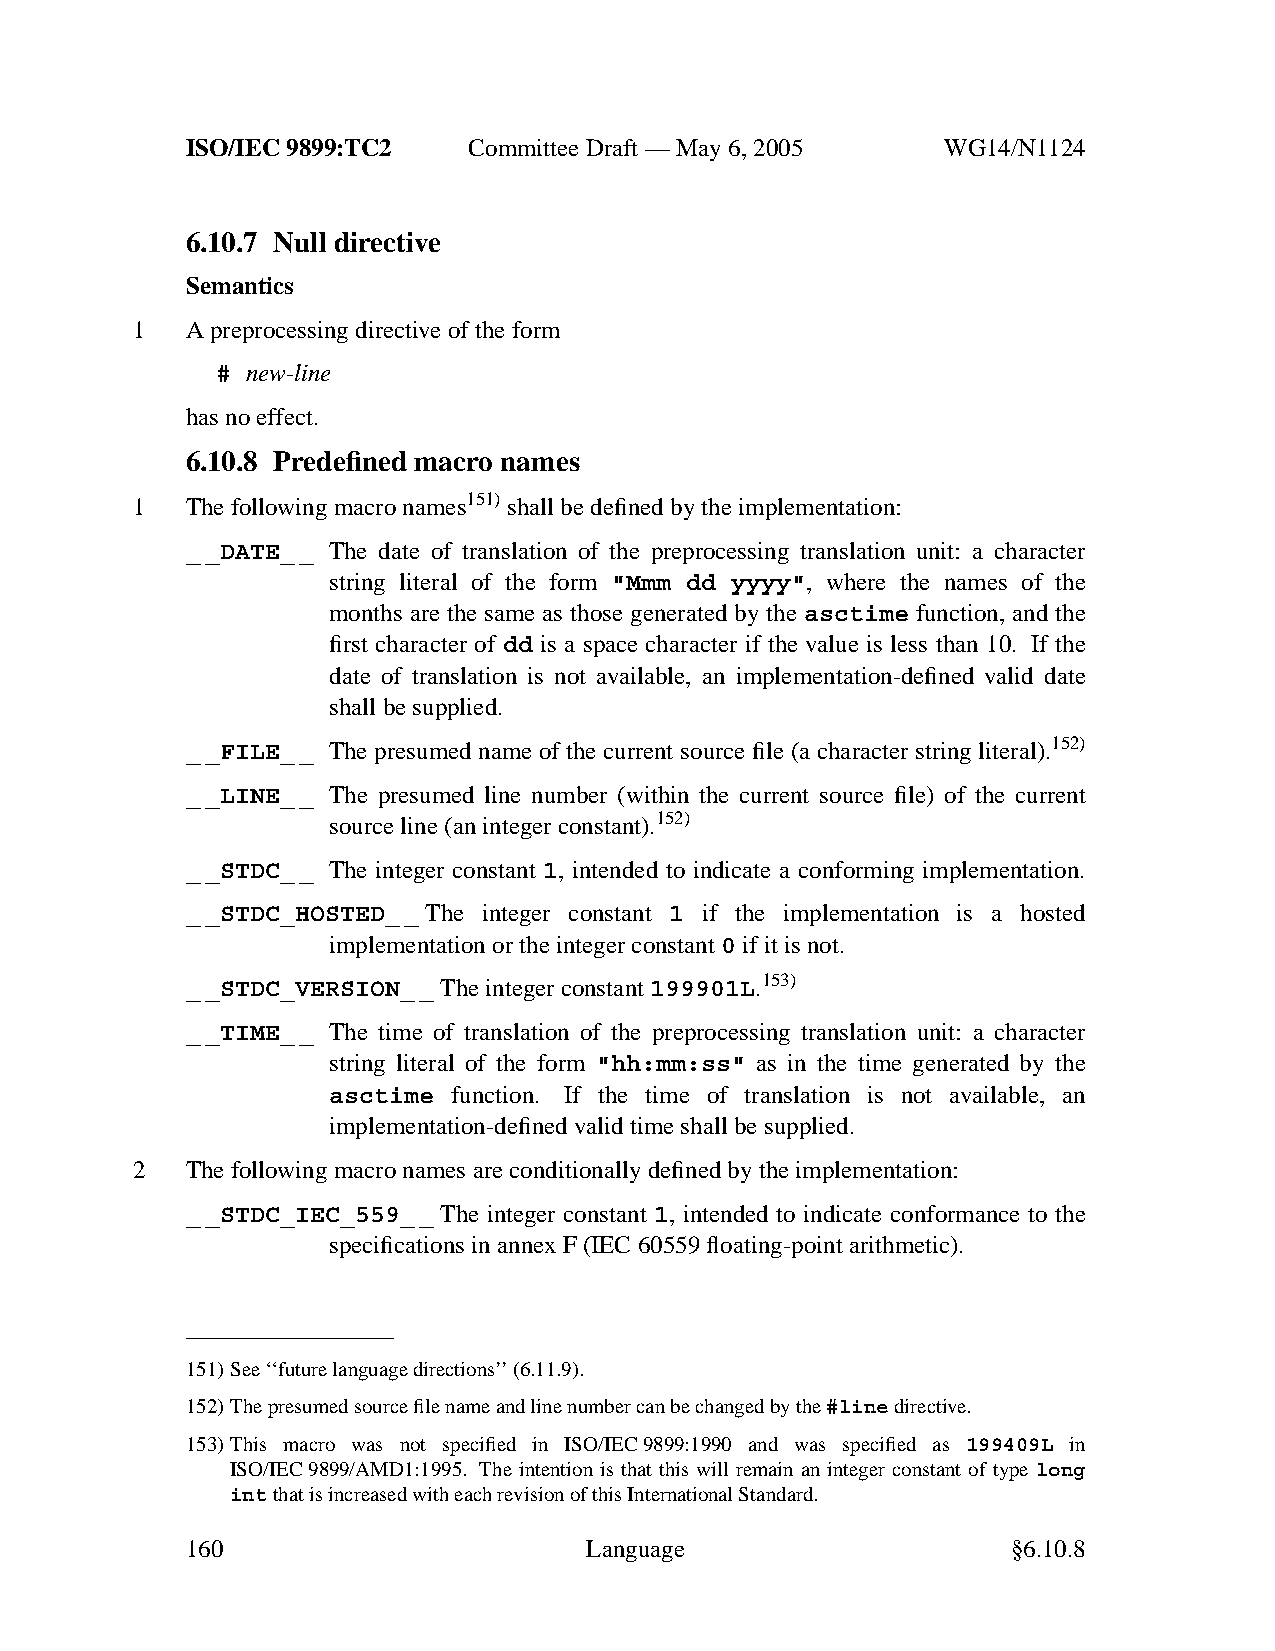
ISO/IEC 9899:TC2   Committee Draft — May 6, 2005   WG14/N1124
 6.10.7 Null directive
 Semantics
 1  Apreprocessing directive ofthe form
 # new-line
 has no effect.
 6.10.8 Predefined macro names
 1  The following macro names151)shall be defined by the implementation:
 __DATE_ _ The date of translation of the preprocessing translation unit: a character
 string literal of the form "Mmm dd yyyy", where the names of the
 months are the same as those generated by the asctime function, and the
 first character of dd is a space character if the value is less than 10. If the
 date of translation is not available, an implementation-defined valid date
 shall be supplied.
 __FILE_ _ The presumed name of the current source file (a character string literal).152)
 __LINE_ _ The presumed line number (within the current source file) of the current
 source line (an integer constant).152)
 __STDC_ _ The integer constant 1, intended to indicate a conforming implementation.
 __STDC_HOSTED_ _ The integer constant 1 if the implementation is a hosted
 implementation or the integer constant0 if it is not.
 __STDC_VERSION_ _ The integer constant199901L.153)
 __TIME_ _ The time of translation of the preprocessing translation unit: a character
 string literal of the form "hh:mm:ss" as in the time generated by the
 asctime function. If the time of translation is not available, an
 implementation-defined valid time shall be supplied.
 2  The following macro names are conditionally defined by the implementation:
 __STDC_IEC_559_ _ The integer constant 1, intended to indicate conformance to the
 specifications in annexF(IEC 60559 floating-point arithmetic).
 151)See ‘‘future language directions’’(6.11.9).
 152)The presumed source file name and line number can be changed by the#linedirective.
 153)This macro was not specified in ISO/IEC9899:1990 and was specified as 199409L in
 ISO/IEC 9899/AMD1:1995. The intention is that this will remain an integer constant of type long
 intthat is increased with each revision of this International Standard.
 160                        Language                    §6.10.8